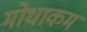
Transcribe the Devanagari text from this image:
मोधाकम